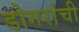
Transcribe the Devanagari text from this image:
डोगरांची